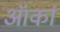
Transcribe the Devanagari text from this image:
ऑर्का